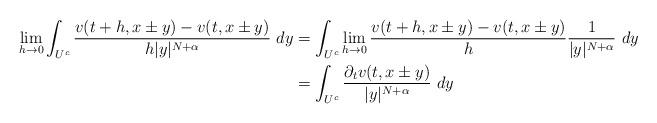
LaTeX: \begin{align*}\lim_{h\to0} \int_{U^c} \frac{v(t+h,x\pm y) -v(t,x\pm y)}{h|y|^{N+\alpha}}\ dy&= \int_{U^c}\lim_{h\to0} \frac{v(t+h,x\pm y) -v(t,x\pm y)}{h} \frac{1}{|y|^{N+\alpha}}\ dy\\&=\int_{U^c} \frac{\partial_tv(t,x\pm y)}{|y|^{N+\alpha}}\ dy\end{align*}